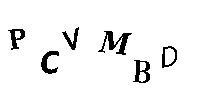
PCVMBD